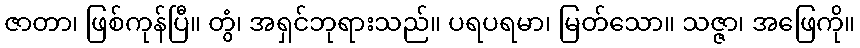
ဇာတာ၊ ဖြစ်ကုန်ပြီ။ တွံ၊ အရှင်ဘုရားသည်။ ပရပရမာ၊ မြတ်သော။ သဇ္ဇာ၊ အဖြေကို။